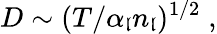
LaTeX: D\sim(T/\alpha_{\mathfrak{l}}n_{\mathfrak{l}})^{1/2}\; ,